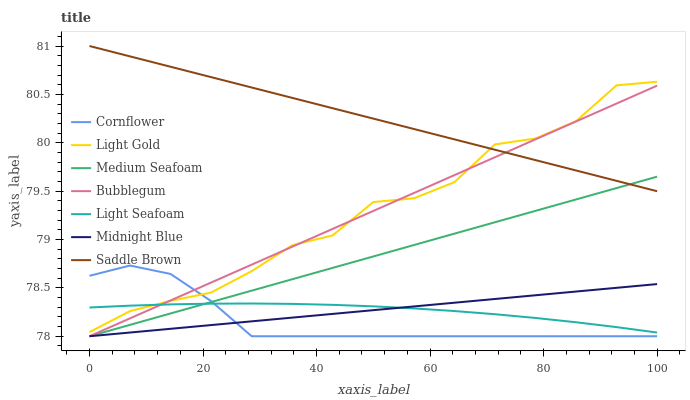
| xaxis_label | Cornflower | Light Gold | Medium Seafoam | Bubblegum | Light Seafoam | Midnight Blue | Saddle Brown |
 | --- | --- | --- | --- | --- | --- | --- | --- |
 | 0 | 78.6 | 78 | 78 | 78 | 78.3 | 78 | 81 |
 | 7.14 | 78.7 | 78.3 | 78.1 | 78.2 | 78.3 | 78 | 80.9 |
 | 14.3 | 78.6 | 78.4 | 78.2 | 78.4 | 78.3 | 78.1 | 80.8 |
 | 21.4 | 78.4 | 78.5 | 78.4 | 78.6 | 78.3 | 78.1 | 80.7 |
 | 28.6 | 78 | 78.7 | 78.5 | 78.7 | 78.3 | 78.2 | 80.6 |
 | 35.7 | 78 | 78.9 | 78.6 | 78.9 | 78.3 | 78.2 | 80.5 |
 | 42.9 | 78 | 79 | 78.7 | 79.1 | 78.3 | 78.2 | 80.4 |
 | 50 | 78 | 79.4 | 78.8 | 79.3 | 78.3 | 78.3 | 80.2 |
 | 57.1 | 78 | 79.4 | 78.9 | 79.5 | 78.3 | 78.3 | 80.1 |
 | 64.3 | 78 | 79.6 | 79.1 | 79.7 | 78.3 | 78.3 | 80 |
 | 71.4 | 78 | 80 | 79.2 | 79.9 | 78.2 | 78.4 | 79.9 |
 | 78.6 | 78 | 80 | 79.3 | 80 | 78.2 | 78.4 | 79.8 |
 | 85.7 | 78 | 80.2 | 79.4 | 80.2 | 78.1 | 78.5 | 79.7 |
 | 92.9 | 78 | 80.6 | 79.5 | 80.4 | 78.1 | 78.5 | 79.6 |
 | 100 | 78 | 80.6 | 79.6 | 80.6 | 78 | 78.5 | 79.5 |